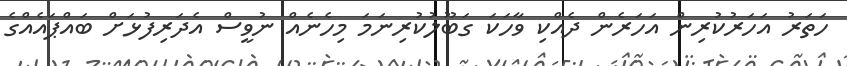
ހަތަރު އަހަރުކުރިން އަހަރެން ދެއްކި ވާހަކަ ގަބޫލުކުރިނަމަ މިހެނެއް ނުވީސް އެދަރިފުޅަށް ބައްޕައެއްގެ